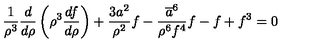
\frac { 1 } { \rho ^ { 3 } } \frac { d } { d \rho } \left( \rho ^ { 3 } \frac { d f } { d \rho } \right) + \frac { 3 a ^ { 2 } } { \rho ^ { 2 } } f - \frac { \overline { { a } } ^ { 6 } } { \rho ^ { 6 } f ^ { 4 } } f - f + f ^ { 3 } = 0